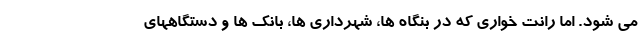
می شود. اما رانت خواری که در بنگاه ها، شهرداری ها، بانک ها و دستگاههای